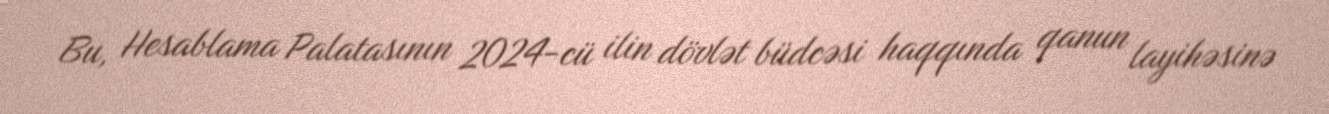
Bu, Hesablama Palatasının 2024-cü ilin dövlət büdcəsi haqqında qanun layihəsinə